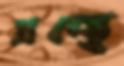
গ্রন্থে